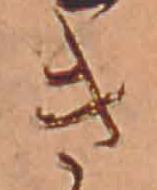
き